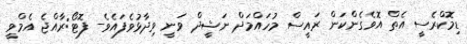
ޑިމޮކްރެސީ އެތް އޮވެގެންކަން ރައީސް މުހައްމަދް ނަޝީދް ވަނީ ވިދާޅުވެފައެވެ- ފޮޓޯ:ރާއްޖެ އެމްވީ